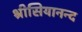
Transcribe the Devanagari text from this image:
श्रीसियानन्द